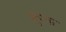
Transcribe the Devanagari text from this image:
सुपना